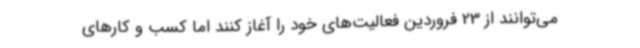
می‌توانند از 23 فروردین فعالیت‌های خود را آغاز کنند اما کسب و کارهای